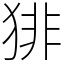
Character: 猅